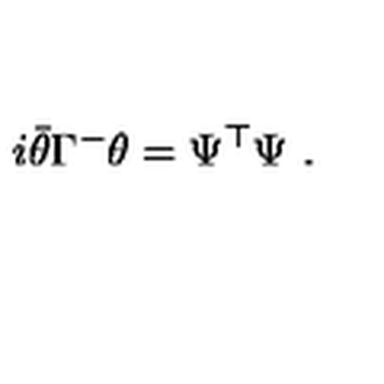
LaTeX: i \bar { \theta } \Gamma ^ { - } \theta = \Psi ^ { \top } \Psi \ .